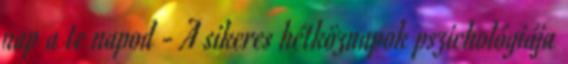
nap a te napod - A sikeres hétköznapok pszichológiája